system: You are a helpful assistant.
user:
Analyze the provided spectrum to determine if it is a **White Dwarf (WD)**.

A White Dwarf spectrum is defined by its **extreme purity** (due to gravitational settling) and/or **extreme pressure broadening** (due to high surface gravity). You must check for one of the following mutually exclusive signatures:

- **Key Visual Indicators (Check for ONE of these types):**

    - **1. DA-Type Signature (Most Common):**
        - **(Primary Feature):** Extreme pressure broadening (Stark broadening) of the **Hydrogen (H) Balmer lines**.
        - **(Key Lines):** $H\beta$ (approx. $4861$ Å) and $H\gamma$ (approx. $4340$ Å). $H\alpha$ (approx. $6563$ Å) will also be present if the wavelength range covers it.
        - **(Line Profile):** This is the **defining feature**. The lines are **NOT** sharp. They appear as massive, **extremely broad and deep "troughs" or "dips"** in the spectrum, often hundreds of Ångströms wide. The continuum will appear to "scoop" down at these wavelengths.
        - **(Distinction):** Normal A-type or B-type stars have *narrow* and *sharp* Hydrogen lines. A DA White Dwarf's lines are unmistakably "smeared" or "blurry" from pressure.

    - **2. DB-Type Signature:**
        - **(Primary Feature):** Broad absorption lines from **Neutral Helium (He I)**. The spectrum must lack any visible Hydrogen lines.
        - **(Key Lines):** Look for broad absorption near $4471$ Å, $4921$ Å, and $5876$ Å.
        - **(Line Profile):** These lines are also significantly pressure-broadened, appearing much wider than they would in a normal B-type main-sequence star.

    - **3. DC-Type Signature:**
        - **(Primary Feature):** A **featureless continuous spectrum**.
        - **(Line Profile):** The spectrum is a smooth curve with **no significant absorption or emission lines**.
        - **(Key Confirmation):** The continuum is almost always **blue or white**, indicating a hot object. This signature implies the atmosphere is so pure (or so cool) that no spectral lines are visible in the optical range. Its WD identity is confirmed by its extremely low intrinsic brightness (high absolute magnitude).

    - **4. DZ-Type Signature (Metal-Polluted):**
        - **(Primary Feature):** **Isolated, narrow metal absorption lines** on an otherwise featureless (DC-like) continuum.
        - **(Key Lines):** The **Calcium (Ca II) H & K doublet** (approx. **$3934$ Å** and **$3968$ Å**) is the most common and defining feature.
        - **(Line Profile):** These lines are "out of place." They are *not* part of a "forest" of thousands of lines. This signature is evidence of recent *accretion* (pollution) from rocky debris.
        - **(Distinction):** Normal G/K/M stars have a *dense forest* of thousands of metal lines. A DZ has a *clean* continuum with *only a few* strong metal lines.

    - **5. DQ-Type Signature (Carbon-Polluted):**
        - **(Primary Feature):** Absorption bands from **Carbon (C₂ "Swan Bands" or atomic C I)**.
        - **(Key Lines - C₂):** Look for bandheads with a "saw-tooth" shape near $5635$ Å, **$5165$ Å** (strongest), and $4737$ Å.
        - **(Key Confirmation):** The underlying **continuum must be blue or white** (hot).
        - **(Distinction):** This is the critical difference from a **Carbon Star**, which has the *exact same* C₂ bands but on an extremely **red, cool** continuum.

- **(Overall Spectrum):**
    - The continuum (overall shape) is typically **blue-sloping** (brighter in the blue than the red), as most white dwarfs are very hot.
    - The spectrum will look "pure" or "simple," dominated by only *one* of the five signatures listed above.

Think first, call **spectral_visualization_tool** if needed to examine features in detail, then provide your final answer. Your response must adhere to the following strict rules:
1.  **Overall Structure:** Your response must follow the format `<think>...</think> <tool_call>...</tool_call> (if a tool is used) <answer>...</answer>`.
2.  **Tool Usage Constraint:** You may only make **one** tool call per turn.
3.  **Final Answer Format:** In the `<answer>` tag, your conclusion must be inside a `\boxed{}` command (e.g., `\boxed{YES}` or `\boxed{NO}`), followed by your justification.

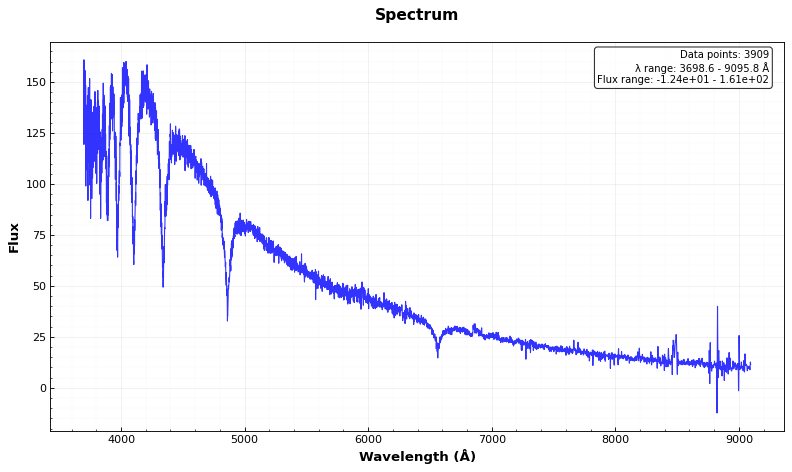
Answer: YES